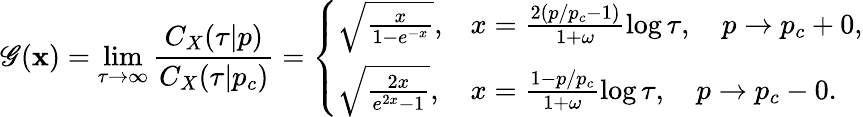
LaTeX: \mathscr{G}(\mathbf{x})=\operatorname*{lim}_{\tau\rightarrow\infty}\frac{{C_{X}(\tau|p)}}{{C_{X}(\tau|p_{c})}}=\left\{ \begin{array}{ll}{\sqrt{\frac{x}{1-e^{-x}}},}&{x=\frac{2(p/p_{c}-1)}{1+\omega}\log\tau,\quad p\rightarrow p_{c}+0,}\\ {\sqrt{\frac{2x}{e^{2x}-1}},}&{x=\frac{1-p/p_{c}}{1+\omega}\log\tau,\quad p\rightarrow p_{c}-0.}\end{array}\right.